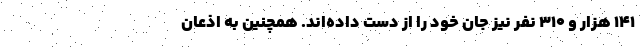
۱۴۱ هزار و ۳۱۰ نفر نیز جان خود را از دست داده‌اند. همچنین به اذعان